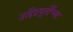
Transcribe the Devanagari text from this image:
उद्दिष्टपूर्तीच्या